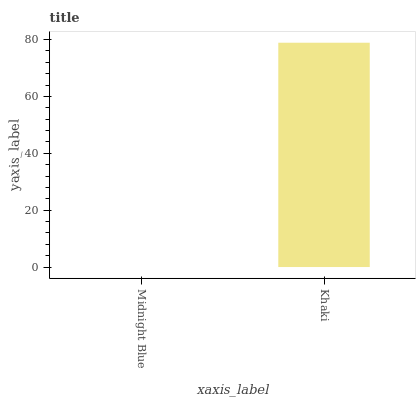
| xaxis_label | bars |
 | --- | --- |
 | Midnight Blue | 0 |
 | Khaki | 78.9 |